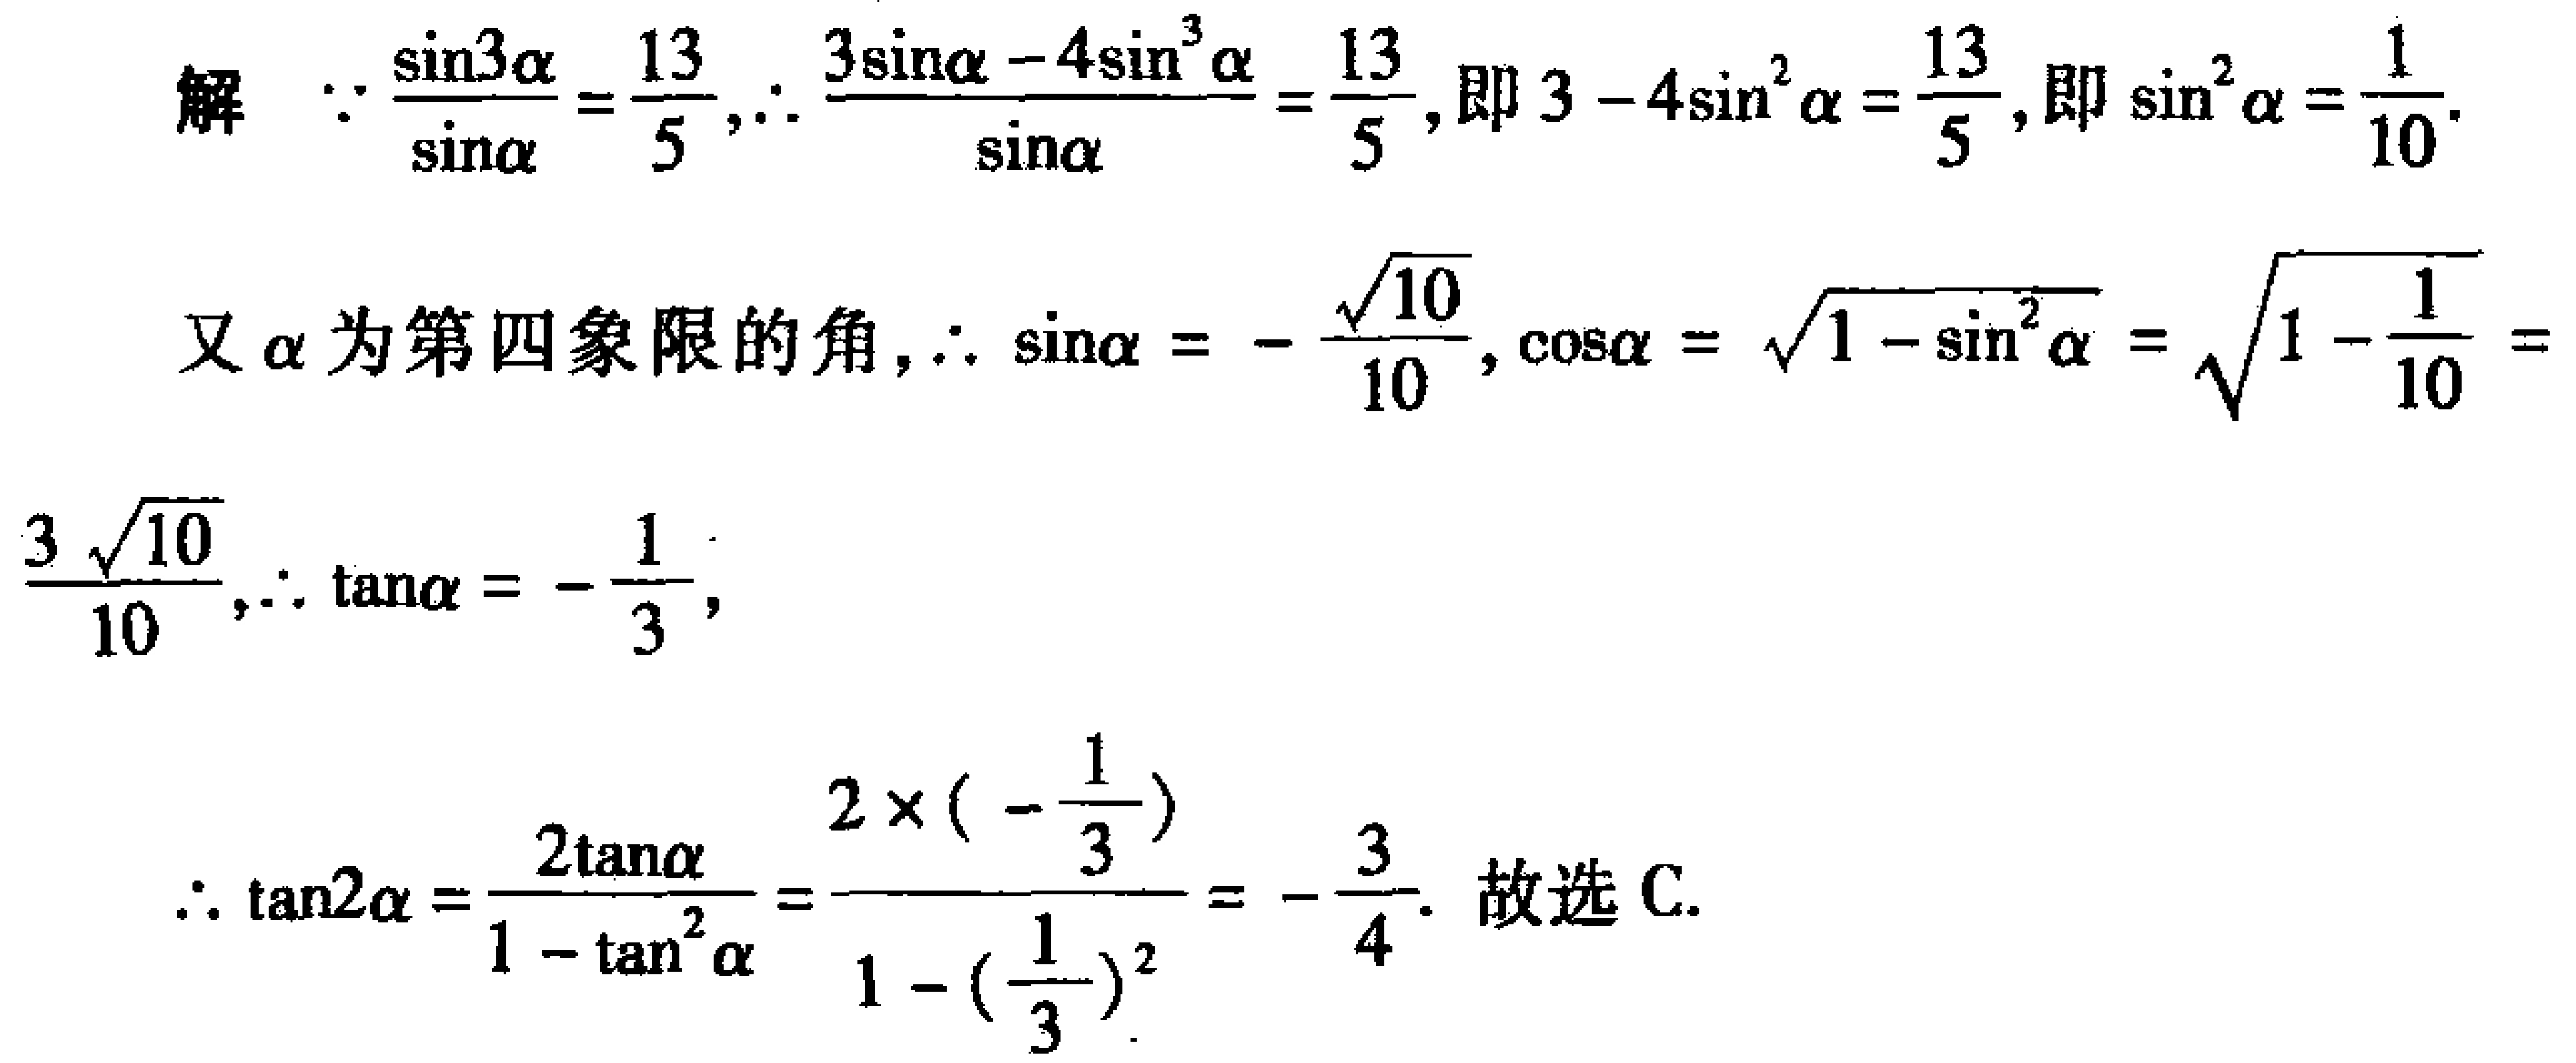
解  $\because \frac{\sin3\alpha}{\sin\alpha}=\frac{13}{5},\therefore \frac{3\sin\alpha - 4\sin^{3}\alpha}{\sin\alpha}=\frac{13}{5}$, 即 $3 - 4\sin^{2}\alpha=\frac{13}{5}$, 即 $\sin^{2}\alpha=\frac{1}{10}$.

又 $\alpha$ 为第四象限的角, $\therefore \sin\alpha=-\frac{\sqrt{10}}{10}$, $\cos\alpha=\sqrt{1 - \sin^{2}\alpha}=\sqrt{1-\frac{1}{10}}=\frac{3\sqrt{10}}{10}$, $\therefore \tan\alpha=-\frac{1}{3}$,

$\therefore \tan2\alpha=\frac{2\tan\alpha}{1 - \tan^{2}\alpha}=\frac{2\times(-\frac{1}{3})}{1 - (\frac{1}{3})^{2}}=-\frac{3}{4}$. 故选 C.